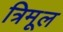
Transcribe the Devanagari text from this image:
त्रिमूल